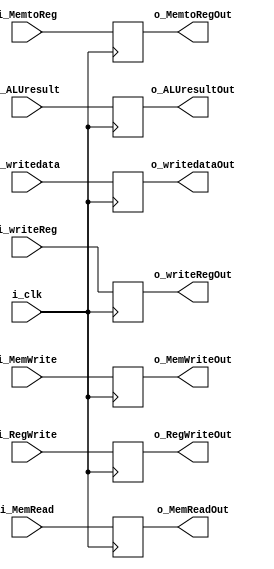
module EX_Mem_reg (i_clk,i_RegWrite, i_MemtoReg,i_MemWrite, 
						i_MemRead,i_ALUresult,i_writedata,i_writeReg,o_RegWriteOut, o_MemtoRegOut,o_MemWriteOut,
						o_MemReadOut,o_ALUresultOut,o_writedataOut,o_writeRegOut);
  
input i_clk;
input i_RegWrite, i_MemtoReg;
input i_MemWrite, i_MemRead; 
input [31:0] i_ALUresult,i_writedata;
input [4:0] i_writeReg;
output reg o_RegWriteOut, o_MemtoRegOut ,o_MemWriteOut, o_MemReadOut;
output reg [31:0] o_ALUresultOut,o_writedataOut;
output reg [4:0] o_writeRegOut;
  
always@(posedge i_clk)
begin
    o_RegWriteOut <= i_RegWrite;
    o_MemtoRegOut <= i_MemtoReg;
    o_MemWriteOut <= i_MemWrite;
    o_MemReadOut <= i_MemRead;
    o_ALUresultOut<=i_ALUresult;
    o_writedataOut<=i_writedata;
    o_writeRegOut<=i_writeReg;
      
end
  
endmodule